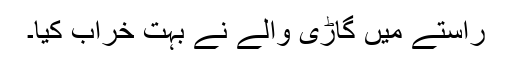
راستے میں گاڑی والے نے بہت خراب کیا۔